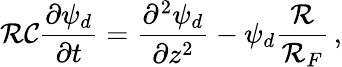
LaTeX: \mathcal{RC}\frac{\partial\psi_{d}}{\partial t}=\frac{\partial^{2}\psi_{d}}{\partial z^{2}}-\psi_{d}\frac{\mathcal{R}}{\mathcal{R}_{F}}\, ,